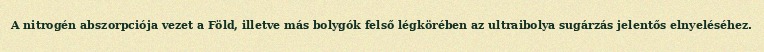
A nitrogén abszorpciója vezet a Föld, illetve más bolygók felső légkörében az ultraibolya sugárzás jelentős elnyeléséhez.